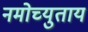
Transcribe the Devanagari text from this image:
नमोच्युताय